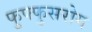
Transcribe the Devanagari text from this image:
फुफ्फुसरोग